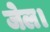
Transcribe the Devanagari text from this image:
जेल।